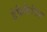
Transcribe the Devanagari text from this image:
डेडिकेटिड